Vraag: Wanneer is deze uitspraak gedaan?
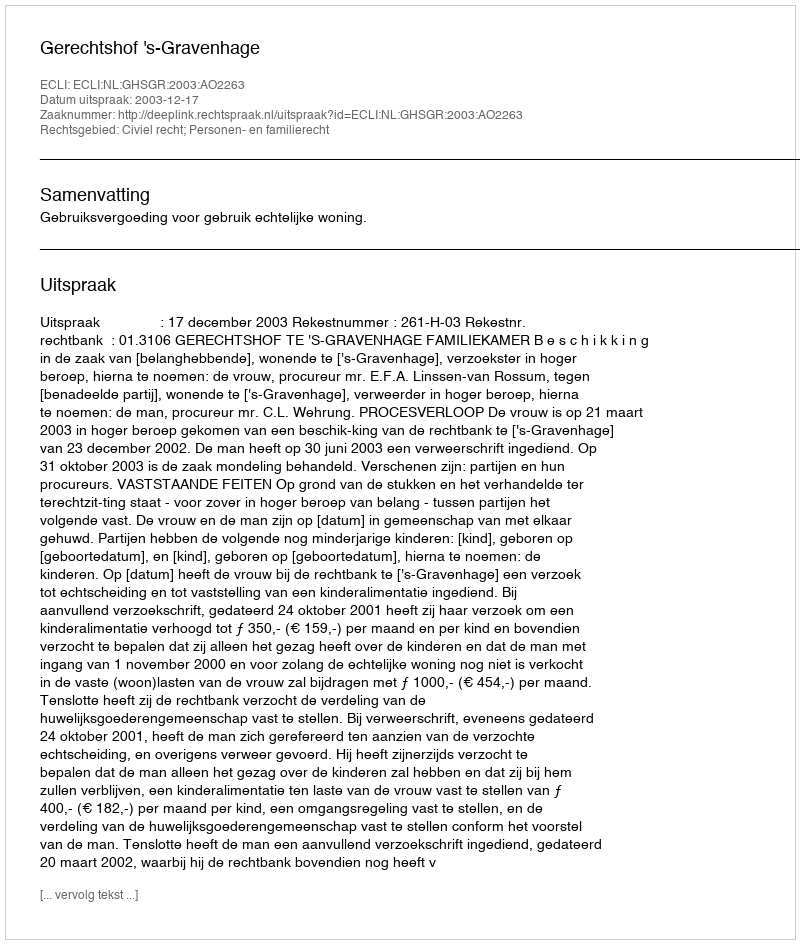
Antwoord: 2003-12-17